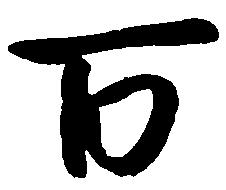
百